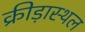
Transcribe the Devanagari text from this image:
क्रीड़ास्‍थल